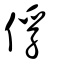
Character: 俘